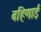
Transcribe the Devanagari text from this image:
बहिणाई